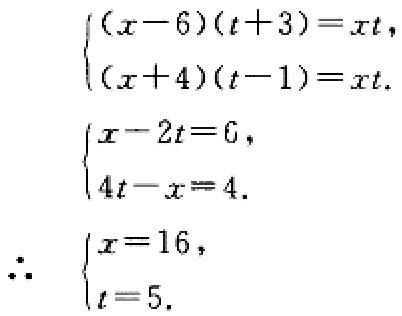
\[\begin{cases}(x - 6)(t + 3)=xt,\\(x + 4)(t - 1)=xt.\end{cases}\]
\[\begin{cases}x - 2t = 6,\\4t - x = 4.\end{cases}\]
\[\therefore\begin{cases}x = 16,\\t = 5.\end{cases}\]